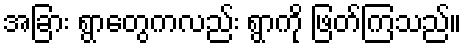
အခြား ရွာတွေကလည်း ရွာကို ဖြတ်ကြသည်။